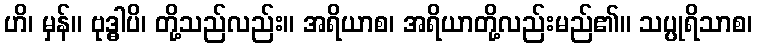
ဟိ၊ မှန်။ ဗုဒ္ဓါပိ၊ တို့သည်လည်း။ အရိယာစ၊ အရိယာတို့လည်းမည်၏။ သပ္ပုရိသာစ၊